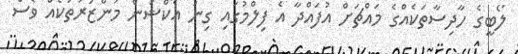
ލޯބީގެ ހާދިސާތަކެއްގެ މައްޗަށް އުފައްދާ އެ ފިލްމުގައި ގިނަ އެކްޝަން މަންޒަރުތަކެއް ވެސް